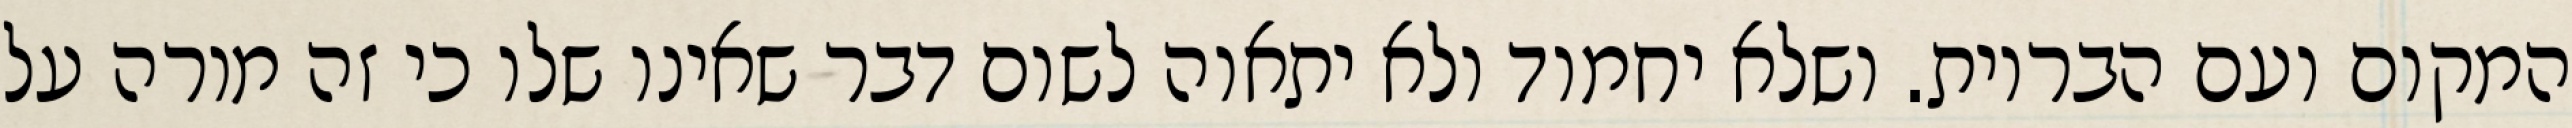
המקום ועם הבריות. ושלא יחמוד ולא יתאוה לשום דבר שאינו שלו כי זה מורה על